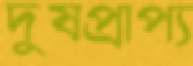
দুষপ্রাপ্য